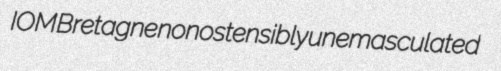
IOM Bretagne nonostensibly unemasculated